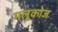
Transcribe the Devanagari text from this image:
गलूकोज